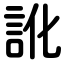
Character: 訛